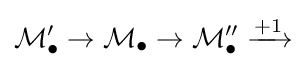
{\mathcal {M}}'_{\bullet }\to {\mathcal {M}}_{\bullet }\to {\mathcal {M}}''_{\bullet }\xrightarrow {+1}